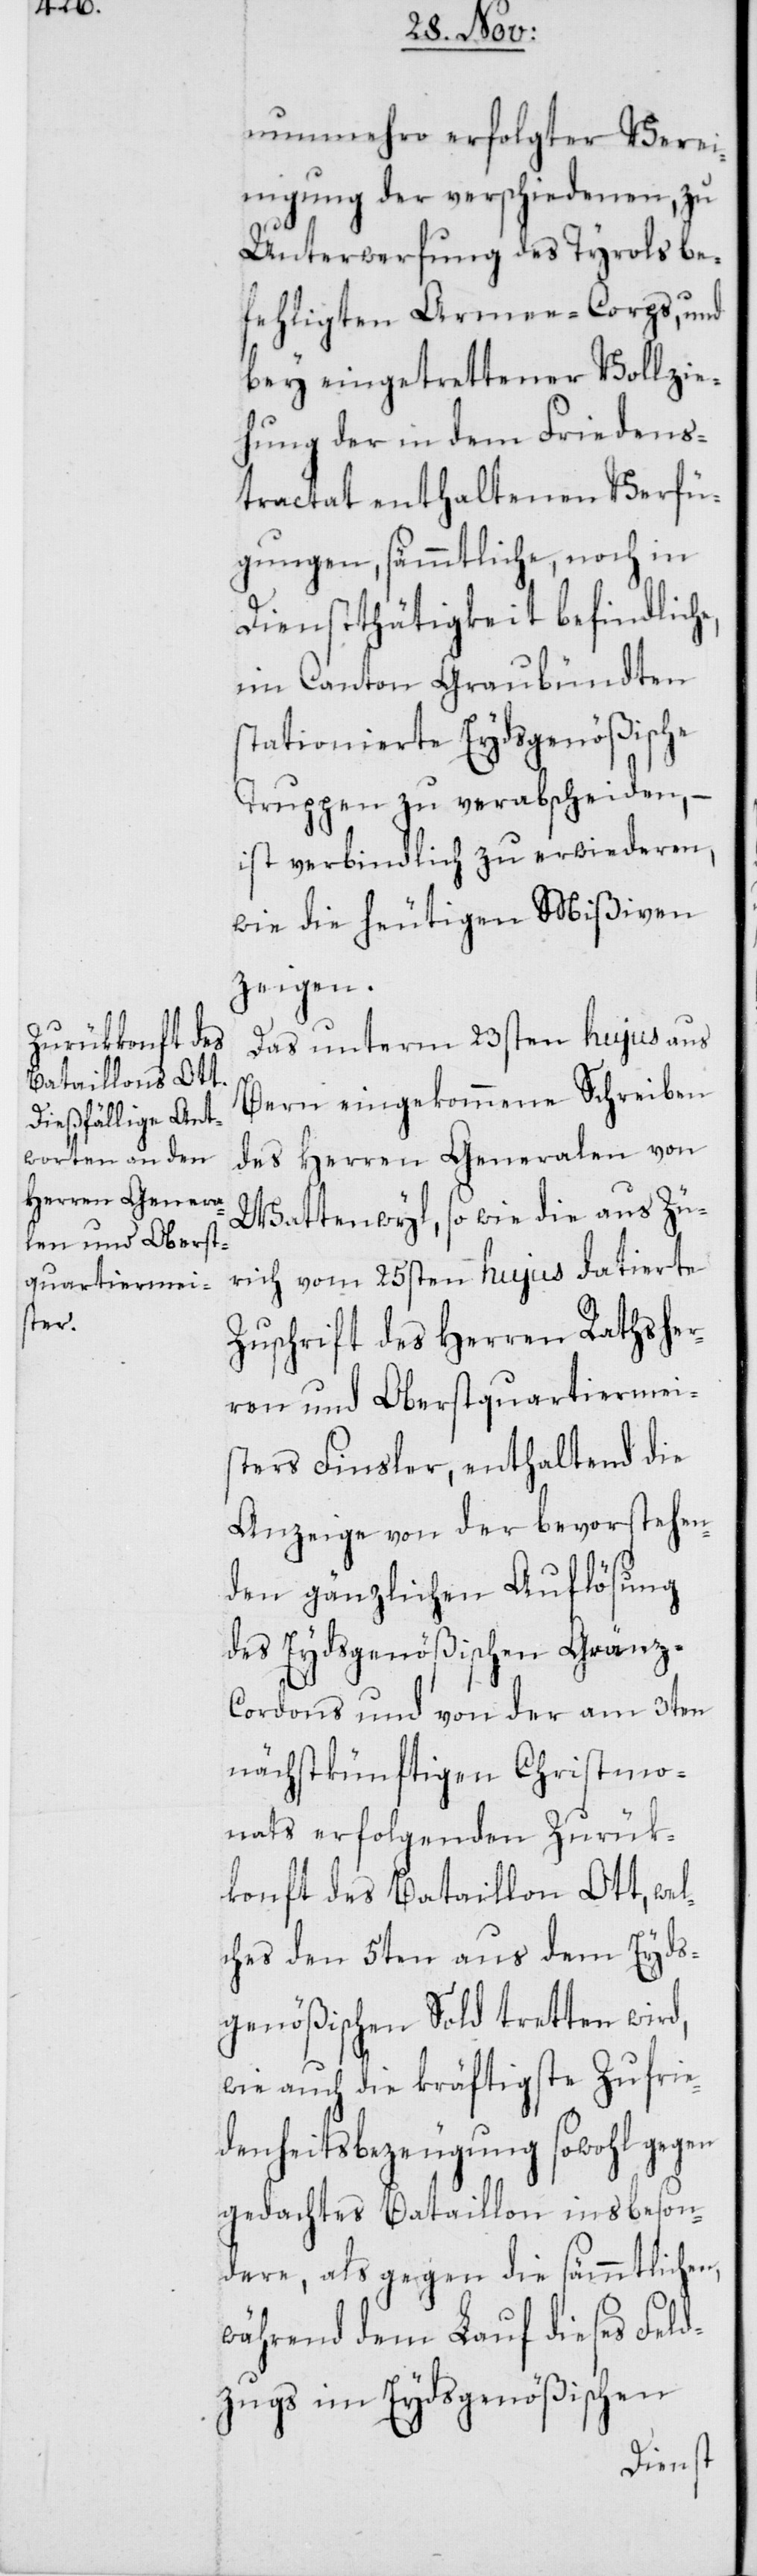
e,

nunmehro erfolgter Verei¬
nigung der verschiedenen, zu
Unterwerfung des Tyrols be¬
fehligten Armee-Corps, und
bey eintrettener Vollzie¬
hung der in dem Friedens¬
tractat enthaltenen Verfü¬
gungen, sämmtliche, noch in
Dienstthätigkeit befindlich¬
im Canton Graubündten
stationierte Eydsgenößische
Truppen zu verabscheiden, –
ist verbindlich zu erwideren,
wie die heutigen Mißiven
zeigen.
Das unterm 23sten hujus aus
Bern eingekommene Schreiben
des Herren Generalen von
Wattenwyl, sowie die aus Zü¬
rich vom 25sten hujus datierte
Zuschrift des Herren Rathsher¬
ren und Oberstquartiermei¬
sters Finsler, enthaltend die
Anzeige von der bevorstehen¬
den gänzlichen Auflösung
des Eydsgenößischen Gränz-C¬
ordons und von der am 3ten
nächstkünftigen Christmo¬
nats erfolgenden Zurük¬
konft des Bataillons Ott, wel¬
ches den 5ten aus dem Eyds¬
genößischen Sold tretten wird,
wie auch die kräftigste Zufrie¬
densheitsbezeugung sowohl gegen
gedachtes Bataillon insbeson¬
dere, als gegen die sämmtlichen,
während dem Lauf dieses Feld¬
zugs im Eydsgenößischen